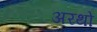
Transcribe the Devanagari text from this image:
अरथों